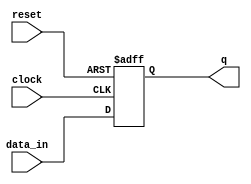

module d_ff(
	input clock,
	input reset,
	input data_in,
	output reg q
);

	always @(posedge clock or negedge reset)
		if(~reset)
			q <= 0;
		else
			q <= data_in;

endmodule